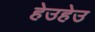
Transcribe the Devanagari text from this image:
हेउहेउ